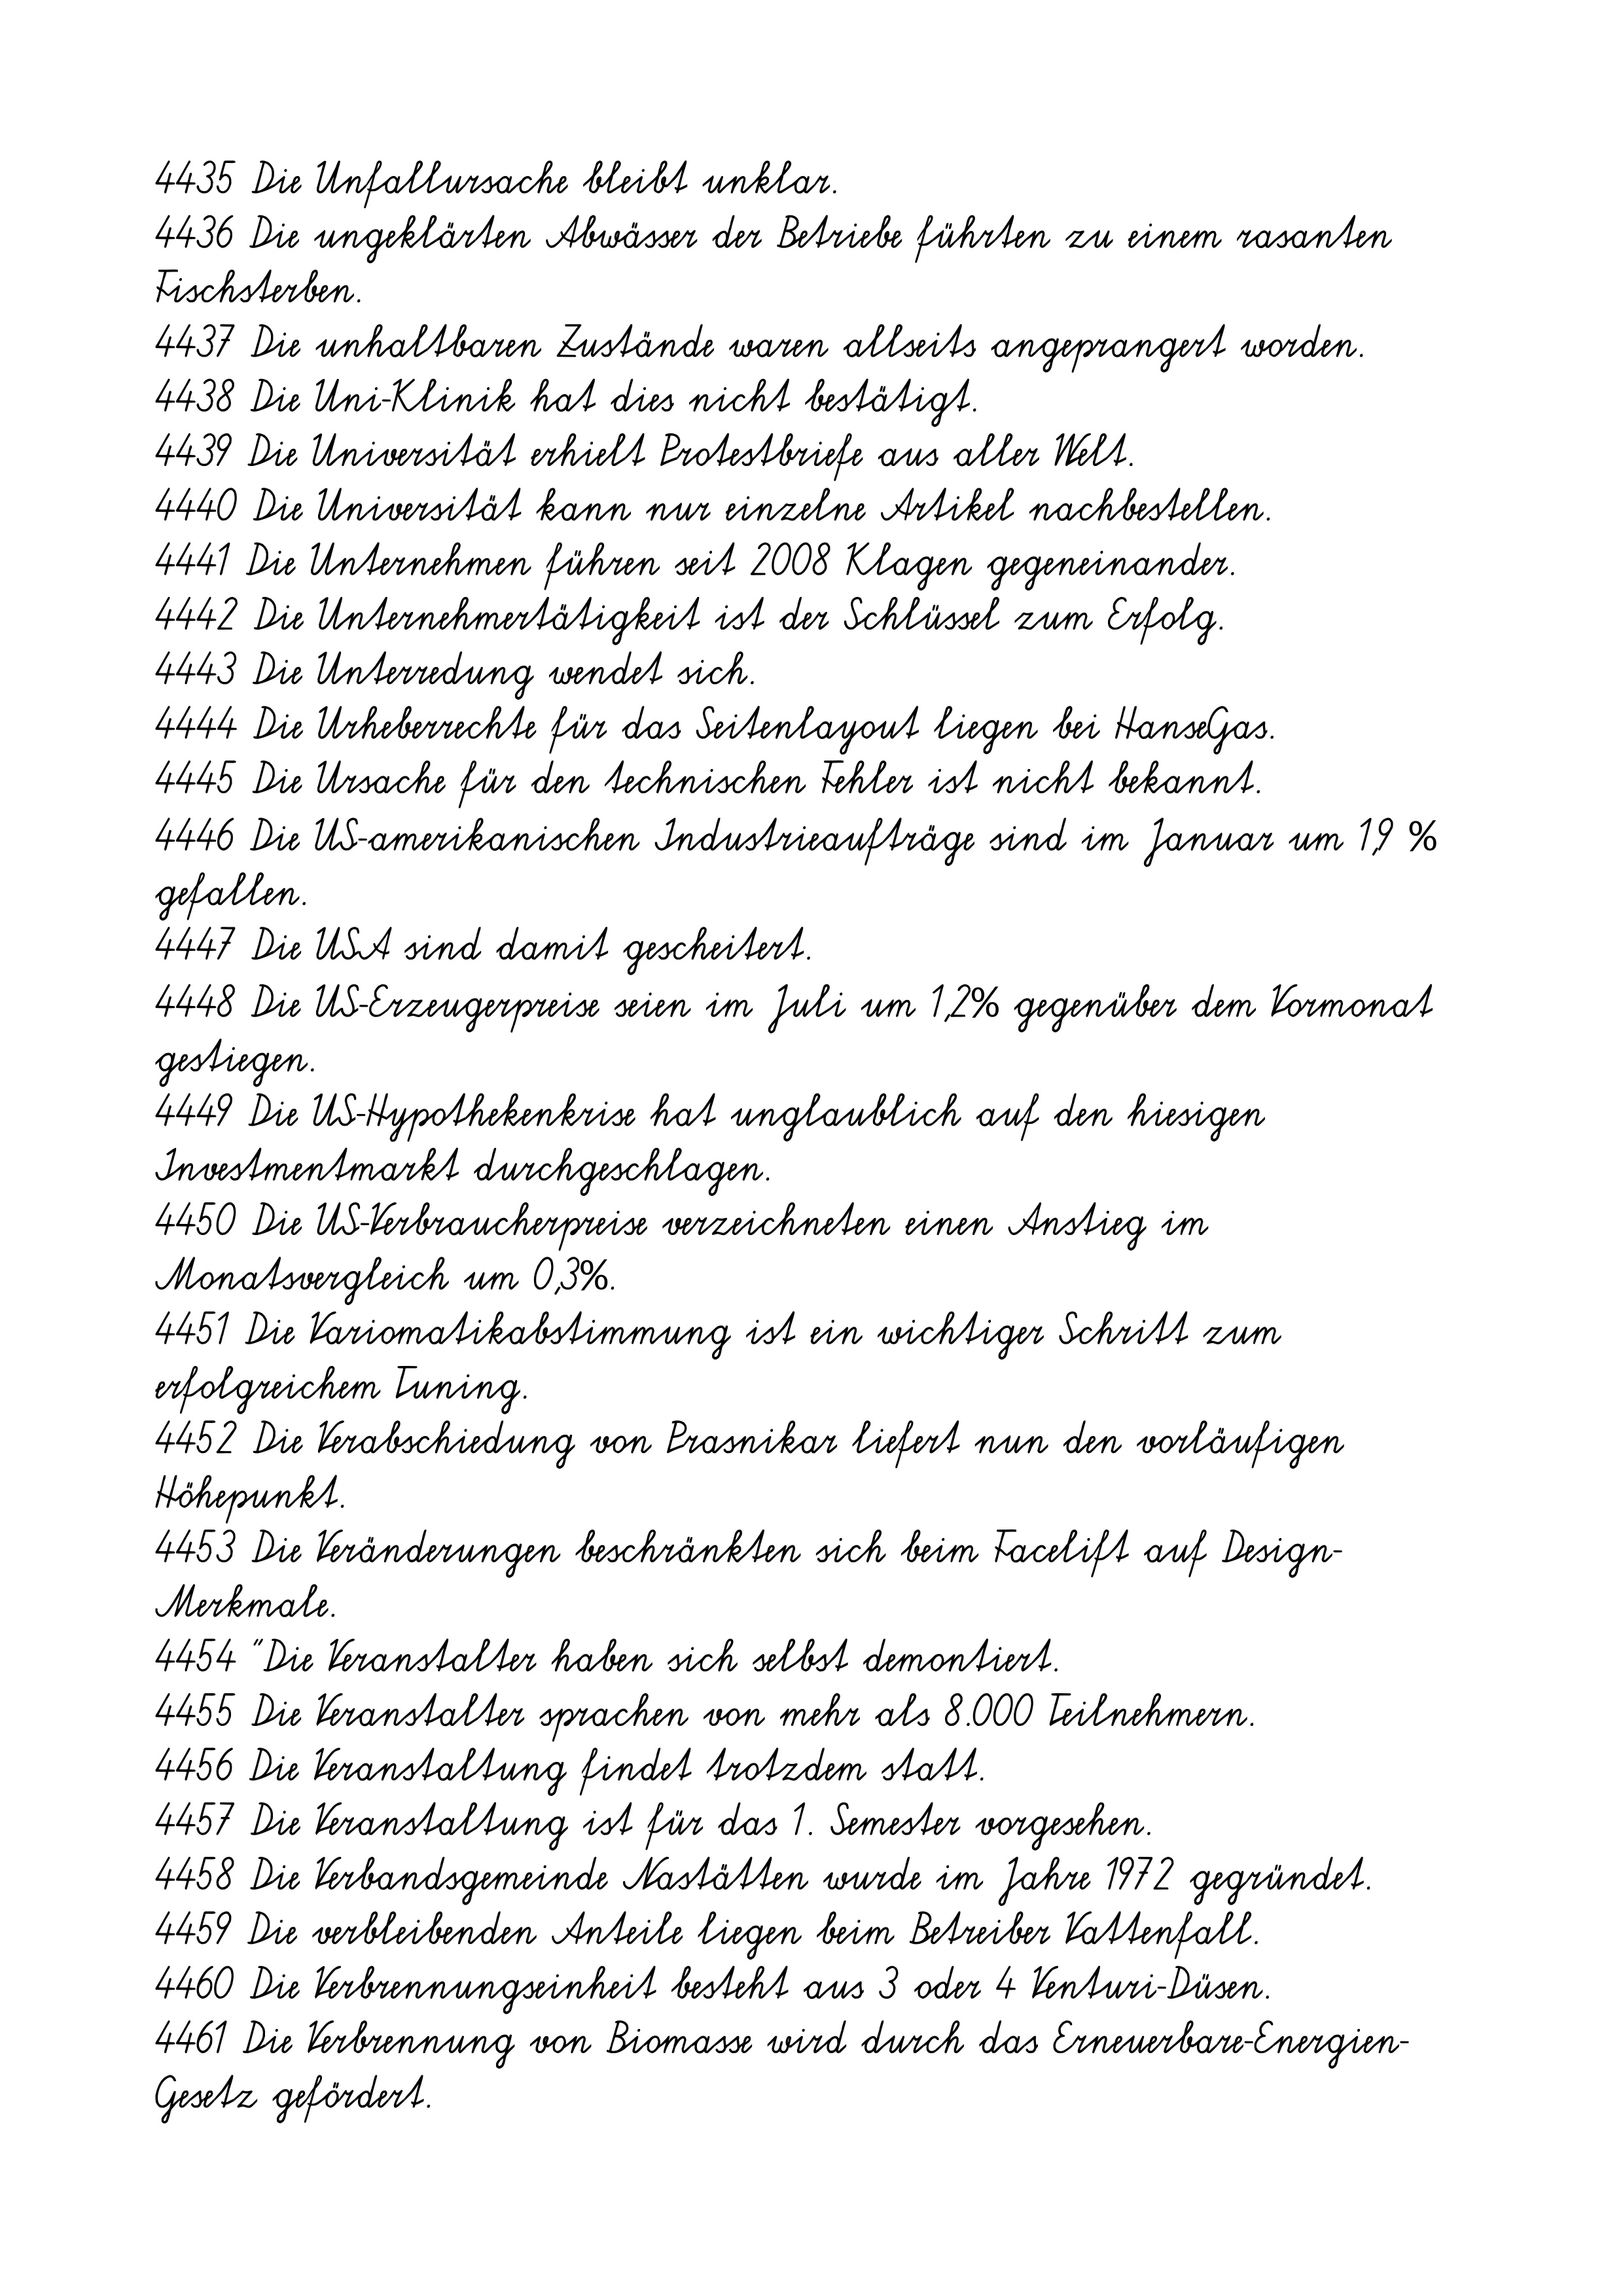
4435 Die Unfallursache bleibt unklar.
4436 Die ungeklärten Abwässer der Betriebe führten zu einem rasanten
Fischsterben.
4437 Die unhaltbaren Zustände waren allseits angeprangert worden.
4438 Die Uni-Klinik hat dies nicht bestätigt.
4439 Die Universität erhielt Protestbriefe aus aller Welt.
4440 Die Universität kann nur einzelne Artikel nachbestellen.
4441 Die Unternehmen führen seit 2008 Klagen gegeneinander.
4442 Die Unternehmertätigkeit ist der Schlüssel zum Erfolg.
4443 Die Unterredung wendet sich.
4444 Die Urheberrechte für das Seitenlayout liegen bei HanseGas.
4445 Die Ursache für den technischen Fehler ist nicht bekannt.
4446 Die US-amerikanischen Industrieaufträge sind im Januar um 1,9 %
gefallen.
4447 Die USA sind damit gescheitert.
4448 Die US-Erzeugerpreise seien im Juli um 1,2% gegenüber dem Vormonat
gestiegen.
4449 Die US-Hypothekenkrise hat unglaublich auf den hiesigen
Investmentmarkt durchgeschlagen.
4450 Die US-Verbraucherpreise verzeichneten einen Anstieg im
Monatsvergleich um 0,3%.
4451 Die Variomatikabstimmung ist ein wichtiger Schritt zum
erfolgreichem Tuning.
4452 Die Verabschiedung von Prasnikar liefert nun den vorläufigen
Höhepunkt.
4453 Die Veränderungen beschränkten sich beim Facelift auf Design-
Merkmale.
4454 "Die Veranstalter haben sich selbst demontiert.
4455 Die Veranstalter sprachen von mehr als 8.000 Teilnehmern.
4456 Die Veranstaltung findet trotzdem statt.
4457 Die Veranstaltung ist für das 1. Semester vorgesehen.
4458 Die Verbandsgemeinde Nastätten wurde im Jahre 1972 gegründet.
4459 Die verbleibenden Anteile liegen beim Betreiber Vattenfall.
4460 Die Verbrennungseinheit besteht aus 3 oder 4 Venturi-Düsen.
4461 Die Verbrennung von Biomasse wird durch das Erneuerbare-Energien-
Gesetz gefördert.